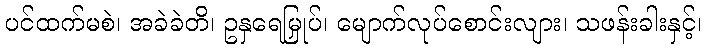
ပင်ထက်မစဲ၊ အခဲခဲတိ၊ ဥနှရေမြှုပ်၊ မျောက်လုပ်စောင်းလျား၊ သဖန်းခါးနှင့်၊